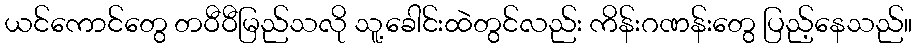
ယင်ကောင်တွေ တဝီဝီမြည်သလို သူ့ခေါင်းထဲတွင်လည်း ကိန်းဂဏန်းတွေ ပြည့်နေသည်။